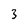
Character: 3